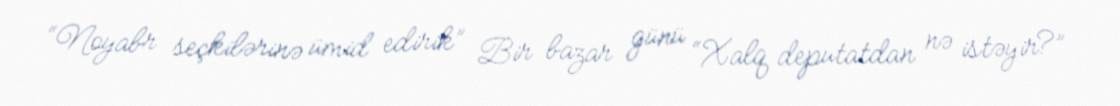
“Noyabr seçkilərinə ümid edirik” Bir bazar günü “Xalq deputatdan nə istəyir?”